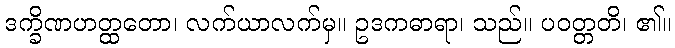
ဒက္ခိဏဟတ္ထတော၊ လက်ယာလက်မှ။ ဥဒကဓာရာ၊ သည်။ ပဝတ္တတိ၊ ၏။